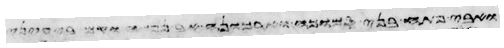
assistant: השביעני לפני מותו לאמר הנה אנכי מת בקברי אשר כרתי לי